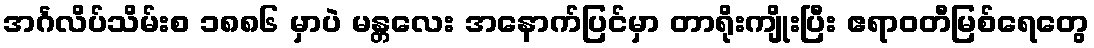
အင်္ဂလိပ်သိမ်းစ ၁၈၈၆ မှာပဲ မန္တလေး အနောက်ပြင်မှာ တာရိုးကျိုးပြီး ဧရာဝတီမြစ်ရေတွေ